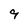
Character: 9